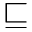
\sqsubseteq